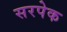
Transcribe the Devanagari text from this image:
सरपेक